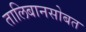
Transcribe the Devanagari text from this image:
तालिबानसोबत